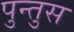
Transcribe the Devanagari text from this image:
पुन्तुस